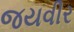
જયવીર